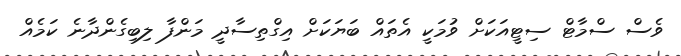
ވެސް ސްމާޓް ސިޓީއަކަށް ވުމަކީ އެތައް ބަޔަކަށް އިގްތިސާދީ މަންފާ ލިބިގެންދާނެ ކަމެއް